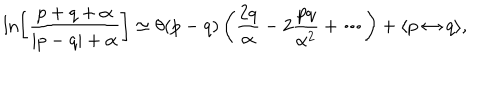
\ln \left[ \frac { p + q + \alpha } { | p - q | + \alpha } \right] \simeq \theta ( p - q ) \left( \frac { 2 q } { \alpha } - 2 \frac { p q } { \alpha ^ { 2 } } + \cdots \right) + \langle p \leftrightarrow q \rangle ,